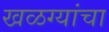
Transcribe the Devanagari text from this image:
खळग्यांचा